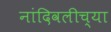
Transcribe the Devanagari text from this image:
नांदिवलीच्या